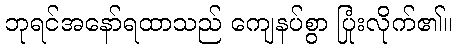
ဘုရင်အနော်ရထာသည် ကျေနပ်စွာ ပြုံးလိုက်၏။